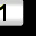
Digit: 1